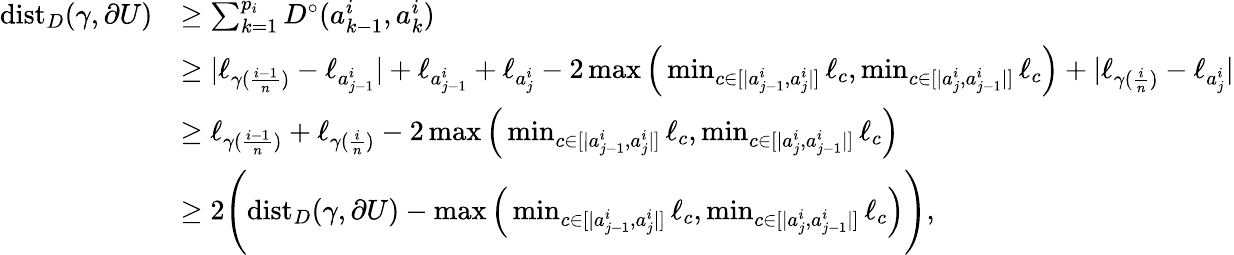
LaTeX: \begin{array}{rl}{\mathrm{dist}_{D}(\gamma,\partial U)}&{\geq\sum_{k=1}^{p_{i}}D^{\circ}(a_{k-1}^{i},a_{k}^{i})}\\ &{\geq|\ell_{\gamma(\frac{i-1}{n})}-\ell_{a_{j-1}^{i}}|+\ell_{a_{j-1}^{i}}+\ell_{a_{j}^{i}}-2\operatorname*{max}\Big(\operatorname*{min}_{c\in[|a_{j-1}^{i},a_{j}^{i}|]}\ell_{c},\operatorname*{min}_{c\in[|a_{j}^{i},a_{j-1}^{i}|]}\ell_{c}\Big)+|\ell_{\gamma(\frac{i}{n})}-\ell_{a_{j}^{i}}|}\\ &{\geq\ell_{\gamma(\frac{i-1}{n})}+\ell_{\gamma(\frac{i}{n})}-2\operatorname*{max}\Big(\operatorname*{min}_{c\in[|a_{j-1}^{i},a_{j}^{i}|]}\ell_{c},\operatorname*{min}_{c\in[|a_{j}^{i},a_{j-1}^{i}|]}\ell_{c}\Big)}\\ &{\geq 2\Bigg(\mathrm{dist}_{D}(\gamma,\partial U)-\operatorname*{max}\Big(\operatorname*{min}_{c\in[|a_{j-1}^{i},a_{j}^{i}|]}\ell_{c},\operatorname*{min}_{c\in[|a_{j}^{i},a_{j-1}^{i}|]}\ell_{c}\Big)\Bigg),}\end{array}